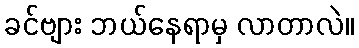
ခင်ဗျား ဘယ်နေရာမှ လာတာလဲ။